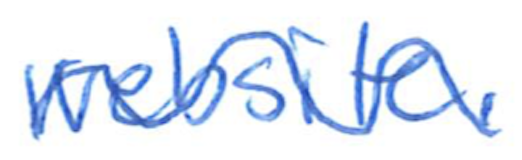
Text: website.
Cross-out: wave
Writing tool: ballpoint